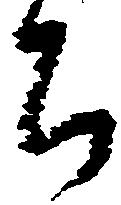
ち